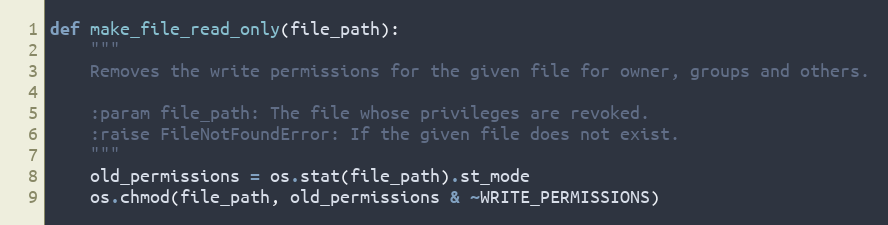
Language: Python
def make_file_read_only(file_path):
    """
    Removes the write permissions for the given file for owner, groups and others.

    :param file_path: The file whose privileges are revoked.
    :raise FileNotFoundError: If the given file does not exist.
    """
    old_permissions = os.stat(file_path).st_mode
    os.chmod(file_path, old_permissions & ~WRITE_PERMISSIONS)